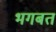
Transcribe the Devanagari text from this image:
भगबत